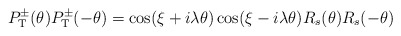
\begin{align*}P_{\rm T}^{\pm}(\theta)P_{\rm T}^{\pm}(-\theta) = \cos(\xi + i\lambda \theta)\cos(\xi - i\lambda \theta) R_s(\theta)R_s(-\theta)\end{align*}